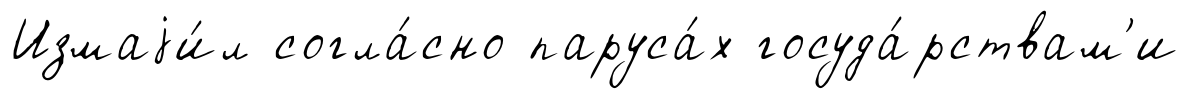
Измаjи́л согла́сно паруса́х госуда́рствам'и